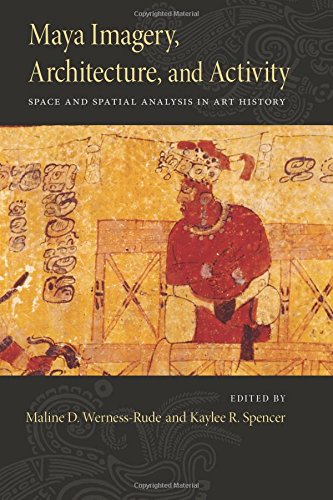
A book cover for Maya Imagery, Architecture, and Activity: Space and Spatial Analysis in Art History; History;